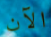
الآن